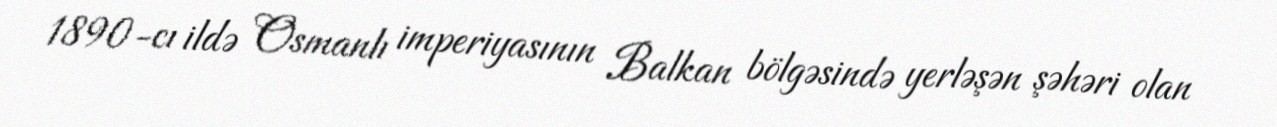
1890-cı ildə Osmanlı imperiyasının Balkan bölgəsində yerləşən şəhəri olan